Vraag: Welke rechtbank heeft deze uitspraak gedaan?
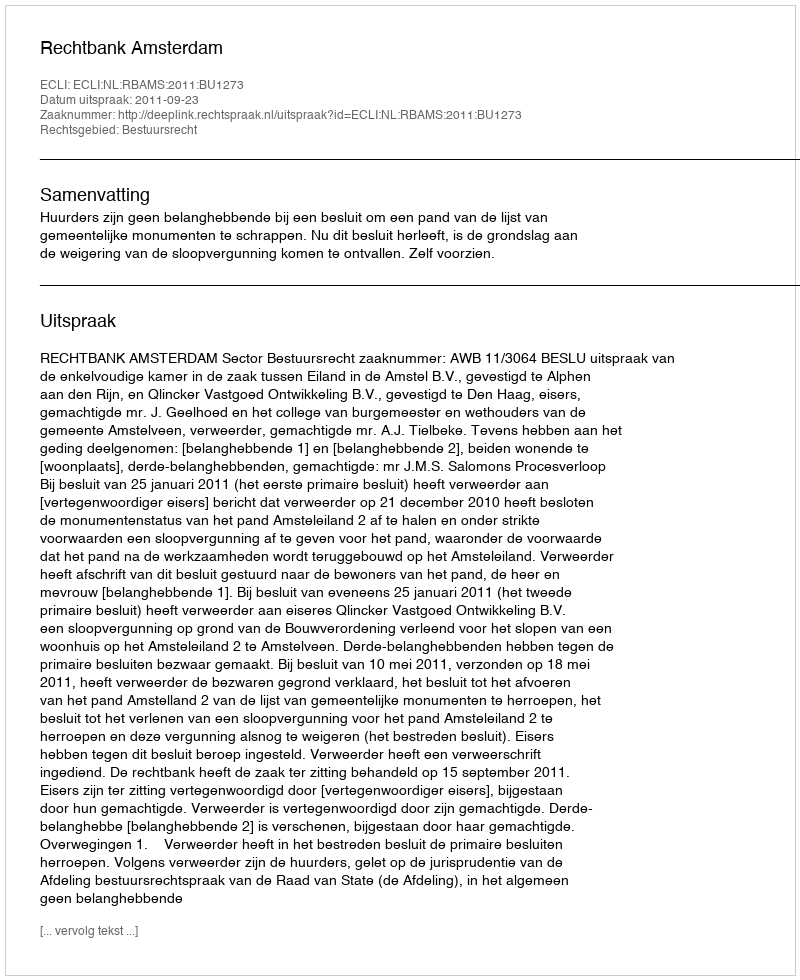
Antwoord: Rechtbank Amsterdam